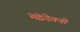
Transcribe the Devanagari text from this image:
मेद्वेदेवनी